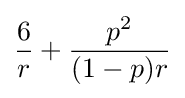
{\frac {6}{r}}+{\frac {p^{2}}{(1-p)r}}